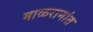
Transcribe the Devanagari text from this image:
माळरानांत